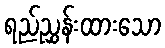
ရည်ညွှန်းထားသော